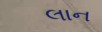
લાન